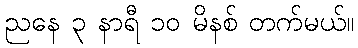
ညနေ ၃ နာရီ ၁၀ မိနစ် တက်မယ်။